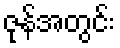
ဇုန်အတွင်း